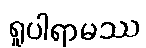
ရူပါရာမဿ